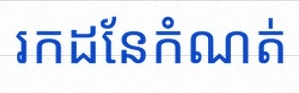
រកដែនកំណត់